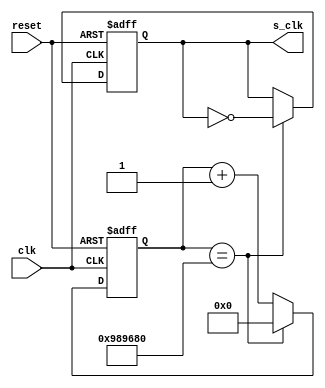
`timescale 1ns / 1ps
//////////////////////////////////////////////////////////////////////////////////
// Company: 
// Engineer: 
// 
// Design Name: 
// Module Name:    Divisor 
// Project Name: 
// Target Devices: 
// Tool versions: 
// Description: 
//
// Dependencies: 
//
// Revision: 
// Revision 0.01 - File Created
// Additional Comments: 
//
//////////////////////////////////////////////////////////////////////////////////
module Divisor_1x10_7 (
	input wire clk,       //Seal de entrada, referente a comportamiento de reloj.
	input wire reset,     //Reset de seal.
	output reg s_clk      //Seal de salida del divisor, seal ya dividida.
    );
	 
// El codigo de este mdulo corresponde a dividir la frecuencia de entrada en 5 veces, ejemplo: 100Mhz => 20Mhz.
//
//  ** 
//     Si se desea dividir en otra cantidad, por ejemplo: en 354, primero se saca la base 2 de ese numero
//		 para poder obtener la cantidad del largo del bus datos referente a la salida del contador
//		 log2(354) = 8.4676 => por lo que se toma el numero entero posterior al resultado, osea 9
//     Por lo que las siguientes lineas de cdigo tendria se cambiaran por lo siguiente:
//
//     linea  |  Cambio
//     -------+----------------------------
//		  43    |    reg [8:0] cuenta;
//	 	  55    |    if (cuenta == 9'd353)
//   	  58    |    cuenta <= 9'h0;
//
//  **

reg [23:0] cuenta; //Bus de datos de 3 bits referente al contador
					   //para una unidad decimal maxima de 8 (2^3 = 8) suficiente para la cuenta de 5.
 
always @(posedge clk,posedge reset) //Se procede a realizar el codigo posterior siempre que "clk" o "reset" estn en alto.
	begin
		if (reset) //Si "reset" est en alto, se pone la salida "s_clk" en 0 y se resetea la cuenta.
			begin
				s_clk <= 0;
				cuenta <= 0;
			end 
		else //Se est en alto la seal de "clk" pero no la de "reset" se procede a realizar lo siguiente.
			begin		
				if (cuenta == 24'd10000000)//(5)-1 = 4, Si el contador llega a la cuenta 5:   
					//Por si las dudas => "3'd4"(notacin decimal) es igual a "3'b100"(notacin binaria). 
					begin                    
						cuenta <= 24'h0;  //Se resetea la cuenta poniendola en cero   
						s_clk <= ~s_clk;  //
					end 
				else 
					cuenta <= cuenta + 1'b1; //De no ser el valor a dividir, el contador seguir contando (valga la redundancia)
			end
	end
 
endmodule